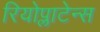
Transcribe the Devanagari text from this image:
रियोप्लाटेन्स